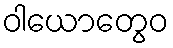
ဝါယောတွေဝ